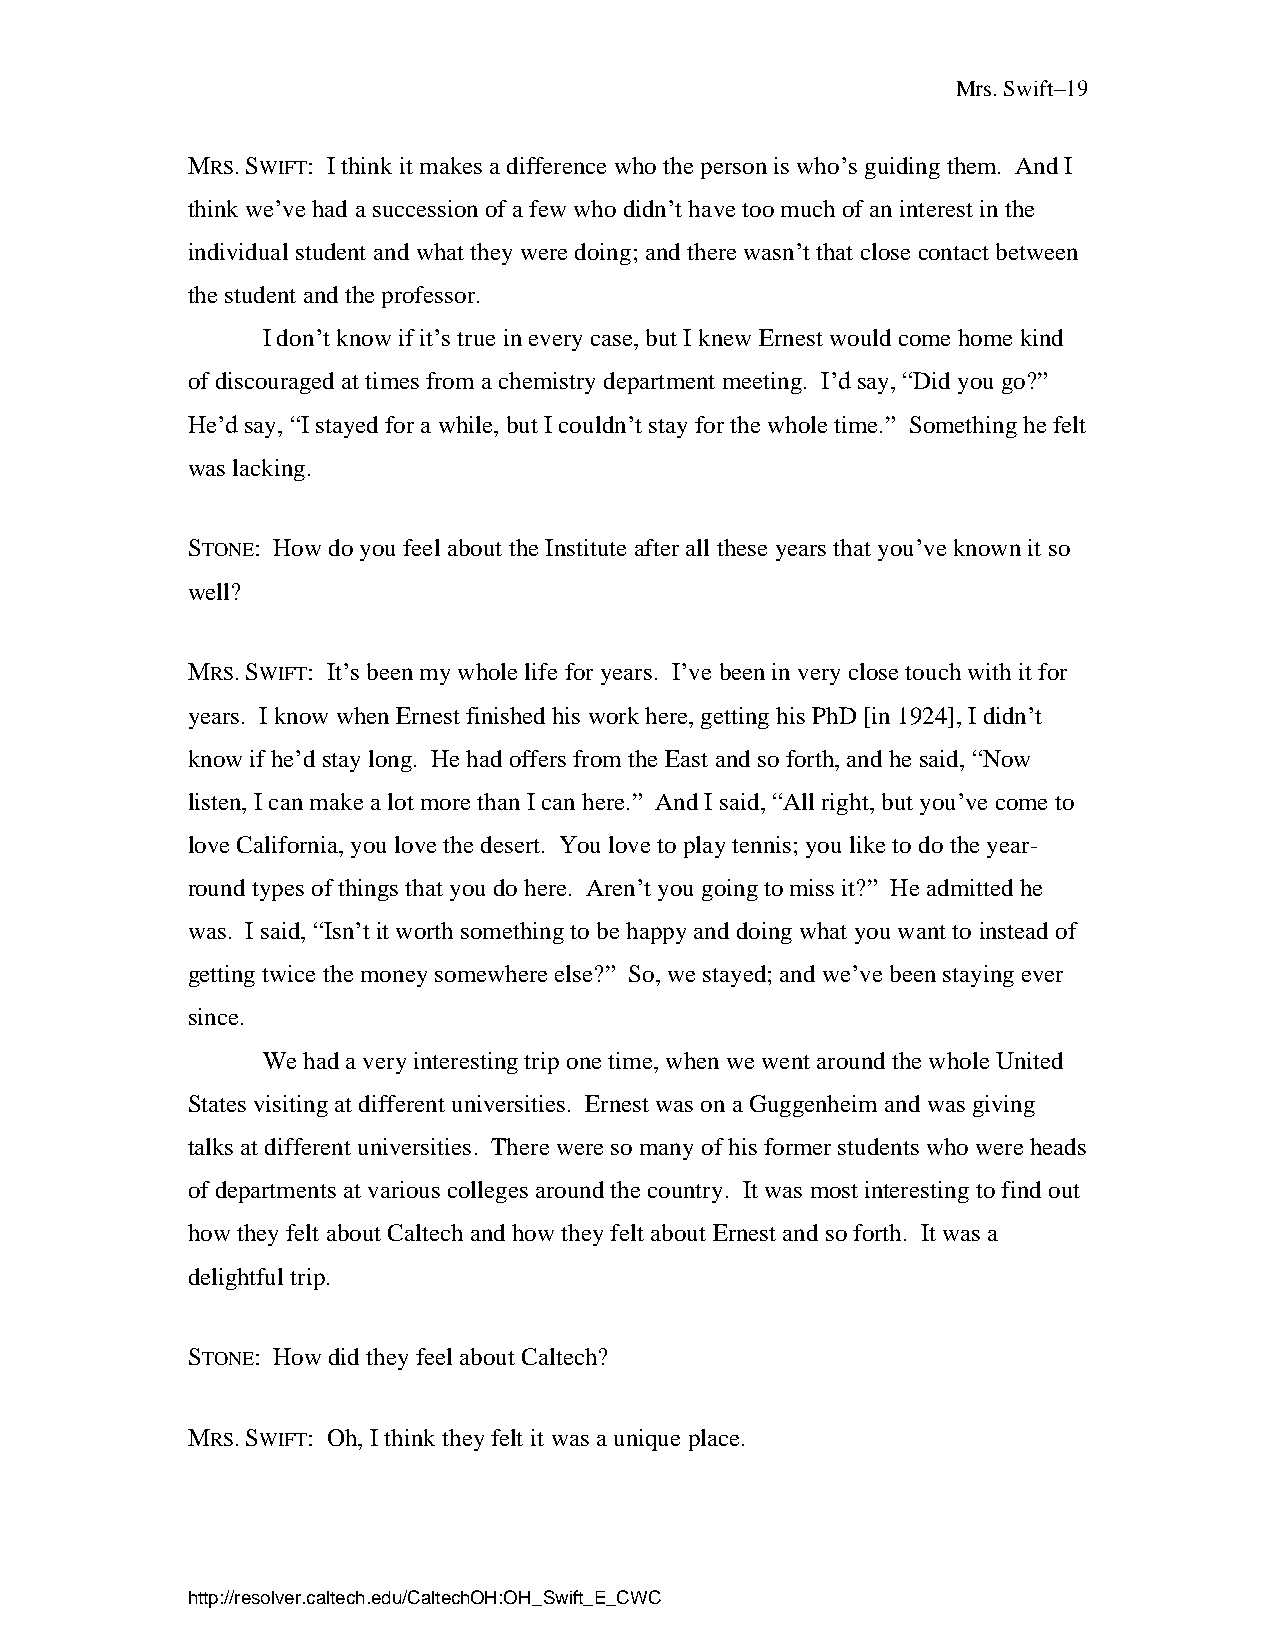
Mrs. Swift–19
 MRS. SWIFT: I think it makes a difference who the person is who’s guiding them. And I
 think we’ve had a succession of a few who didn’t have too much of an interest in the
 individual student and what they were doing; and there wasn’t that close contact between
 the student and the professor.
 I don’t know if it’s true in every case, but I knew Ernest would come home kind
 of discouraged at times from a chemistry department meeting. I’d say, “Did you go?”
 He’d say, “I stayed for a while, but I couldn’t stay for the whole time.” Something he felt
 was lacking.
 STONE: How do you feel about the Institute after all these years that you’ve known it so
 well?
 MRS. SWIFT: It’s been my whole life for years. I’ve been in very close touch with it for
 years. I know when Ernest finished his work here, getting his PhD [in 1924], I didn’t
 know if he’d stay long. He had offers from the East and so forth, and he said, “Now
 listen, I can make a lot more than I can here.” And I said, “All right, but you’ve come to
 love California, you love the desert. You love to play tennis; you like to do the year-
 round types of things that you do here. Aren’t you going to miss it?” He admitted he
 was. I said, “Isn’t it worth something to be happy and doing what you want to instead of
 getting twice the money somewhere else?” So, we stayed; and we’ve been staying ever
 since.
 We had a very interesting trip one time, when we went around the whole United
 States visiting at different universities. Ernest was on a Guggenheim and was giving
 talks at different universities. There were so many of his former students who were heads
 of departments at various colleges around the country. It was most interesting to find out
 how they felt about Caltech and how they felt about Ernest and so forth. It was a
 delightful trip.
 STONE: How did they feel about Caltech?
 MRS. SWIFT: Oh, I think they felt it was a unique place.
 http://resolver.caltech.edu/CaltechOH:OH_Swift_E_CWC